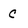
Character: C